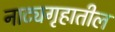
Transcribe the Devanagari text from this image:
नाट्यगृहातील